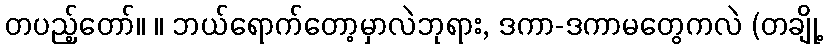
တပည့်တော်။ ။ ဘယ်ရောက်တော့မှာလဲဘုရား, ဒကာ-ဒကာမတွေကလဲ (တချို့